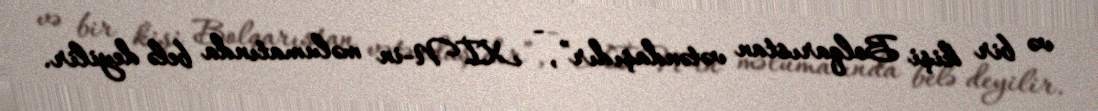
və bir kişi Bolqarıstan vətəndaşıdır”, - XİN-in məlumatında belə deyilir.